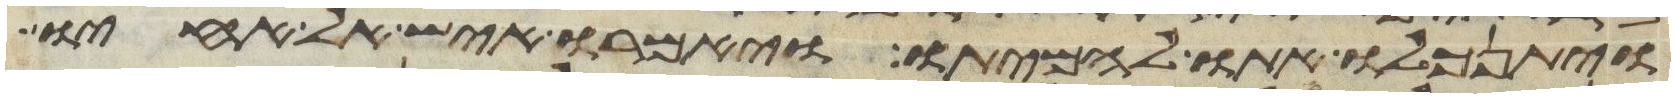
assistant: ויתנכלו אתו להמיתו ויאמרו איש אל אחיו